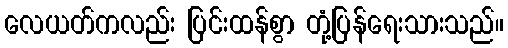
လေယတ်ကလည်း ပြင်းထန်စွာ တုံ့ပြန်ရေးသားသည်။